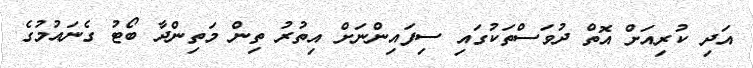
އަދި ކުރިއަށް އޮތް ދުވަސްތަކުގައި ސިފައިންނަށް އިތުރު ތިން މަތިންދާ ބޯޓު ގެނައުމުގެ